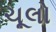
ચૂલો